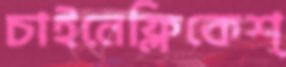
চাইনেফ্লিকেশ্